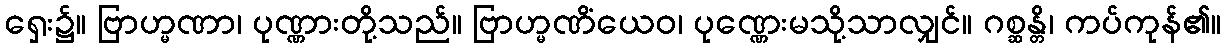
ရှေး၌။ ဗြာဟ္မဏာ၊ ပုဏ္ဏားတို့သည်။ ဗြာဟ္မဏိံယေဝ၊ ပုဏ္ဏေးမသို့သာလျှင်။ ဂစ္ဆန္တိ၊ ကပ်ကုန်၏။